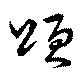
頌